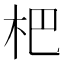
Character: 杷